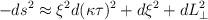
LaTeX: \begin{align*}-ds^2\approx \xi^2 d(\kappa\tau)^2 + d\xi^2 + dL^2_\perp\end{align*}